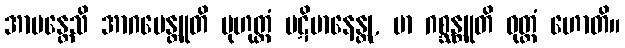
အာမန္တေသိ အာဂမေန္တူတိ မုဟုတ္တံ ပဋိမာနေန္တု, မာ ဂစ္ဆန္တူတိ ဝုတ္တံ ဟောတိ။